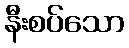
နီးစပ်သော